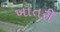
ખાતરી